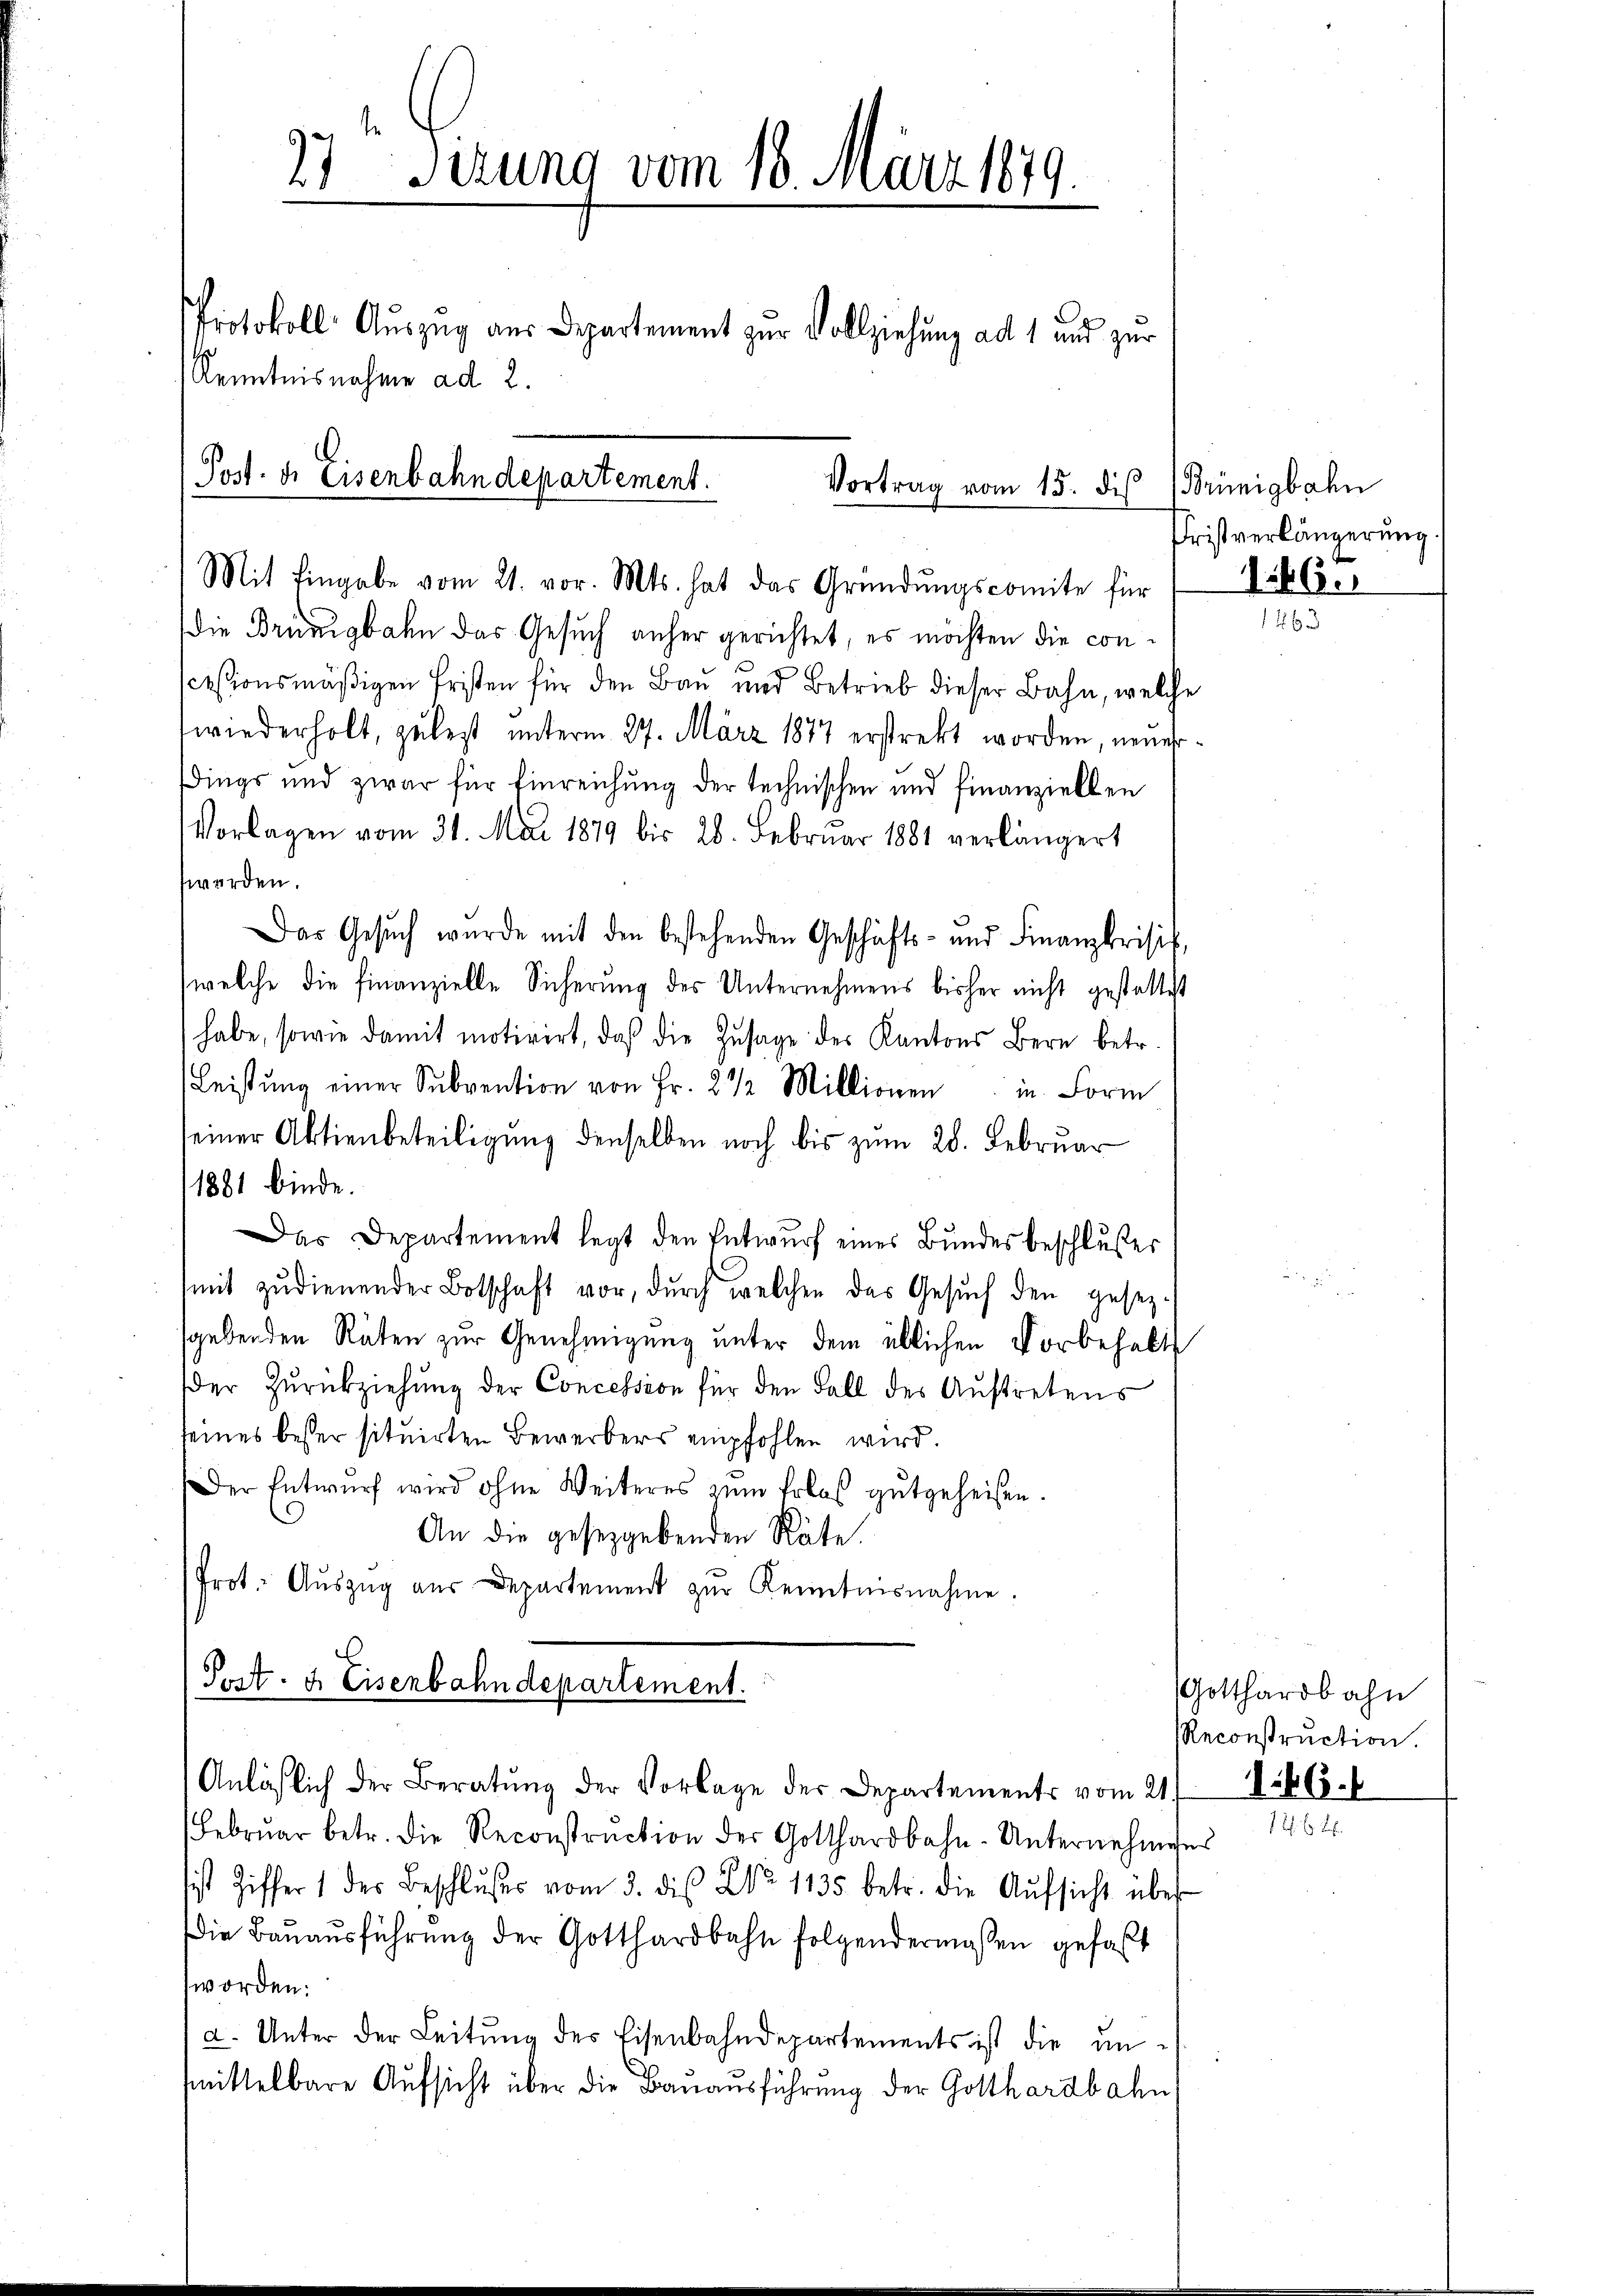
27ten Serung vom 18. März 1879.
Protokoll Auszug aus Departement zur Vollziehung ad 1 und zur
Kenntnisnahme ad 2.
Post. d. Eisenbahndepartement.
Vortrag vom 15. die Brünigbahn

Anläßlich der Beratŭng der Vorlage der Departements vom 21. 746.

die Brünigbahn das Gesuch anher gerichtet, es möchten die conscessionsmäßigen Fristen für den Bau und Betrieb dieser Bahn, welche
wiederholt, zulest unterm 27. März 1877 erstrekt worden, neuerdings und zwar für Einreichung der technischen und finanziellen
Vorlagen vom 31. Mai 1879 bis 28. Februar 1881 verlängert
werden.
Das Gesŭch wurde mit den bestehenden Geschäfts- und Finanzkrisis,
welche die Finanzielle Sicherung des Unternehmens bisher nicht gestattest
habe, sowie damit motivirt, daß die Zusage des Kantons Bern betr.
Leistŭng einer Sŭbvention von Fr. 2 1/2 Millionen in Form
einer Aktienbeteiligung denselben noch bis zum 28. Februar
1881 binde.
Das Departement legt den Entwurf eines Bundes beschlußes
(mit zudienender Botschaft vor, dŭrch welchen das Gesŭch den gesez-
sgebenden Räten zur Genehmigung unter dem üblichen Vorbehalts
der Zŭrückziehung der Concession für den Fall des Auftretens
seines besser situirten Bewerbers empfohlen wird.
Der Entwurf wird ohne Weiteres zum Erlos gutgeheisen.
An die gesetzgebenden Räte.
Prot. Aŭszŭg aŭs Departement zŭr Kenntnisnahme.
Post. f. Eisenbahndepartement.

Mit Eingabe vom 21. vor. Mts. hat das Gründŭngscomite für

Februar betr. die Reconstruction der Gotthardbahn-Unternehmiges
sist Ziffer 1 der Beschlŭsses vom 3. des No 1135 betr. die Aŭfsicht über
Die Bauausführung der Gotthardbahn folgendermassen gefaßt
worden:
a. Unter der Leitung des Eisenbahndepartements ist die un-
mmittelbare Aufsicht über die Bauausführung der Gotthardbahn

Fristverlängerung.
146.

Gotthardbahn
Reconstruction.